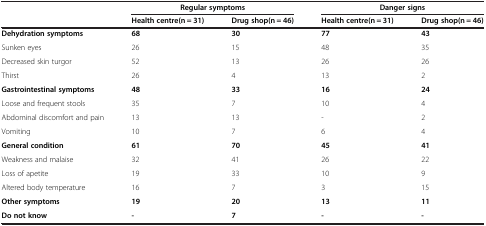
|  | <COLSPAN=2> Regular symptoms | <COLSPAN=2> Danger signs |
 | --- | --- | --- | --- | --- |
 |  | Health centre (n = 31) | Drug shop (n = 46) | Health centre (n = 31) | Drug shop (n = 46) |
 | Dehydration symptoms | 68 | 30 | 77 | 43 |
 | Sunken eyes | 26 | 15 | 48 | 35 |
 | Decreased skin turgor | 52 | 13 | 26 | 26 |
 | Thirst | 26 | 4 | 13 | 2 |
 | Gastrointestinal symptoms | 48 | 33 | 16 | 24 |
 | Loose and frequent stools | 35 | 7 | 10 | 4 |
 | Abdominal discomfort and pain | 13 | 13 | - | 2 |
 | Vomiting | 10 | 7 | 6 | 4 |
 | General condition | 61 | 70 | 45 | 41 |
 | Weakness and malaise | 32 | 41 | 26 | 22 |
 | Loss of apetite | 19 | 33 | 10 | 9 |
 | Altered body temperature | 16 | 7 | 3 | 15 |
 | Other symptoms | 19 | 20 | 13 | 11 |
 | Do not know | - | 7 | - | - |